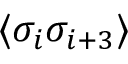
\langle \sigma _ { i } \sigma _ { i + 3 } \rangle